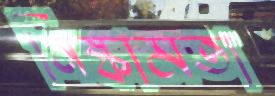
নিষ্কামতা